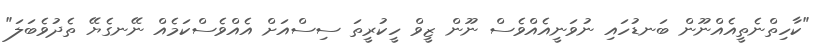
"ކާހިތްނެތީއެއްނޫން ބަނޑުހައި ނުވަނީއެއްވެސް ނޫން ޒީވް ހީކުރީތަ ސިސްއަށް އެއްވެސްކަމެއް ނޭނގެޔޭ ތެދުވެބަލަ"